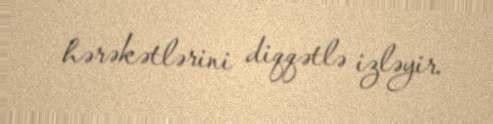
hərəkətlərini diqqətlə izləyir.